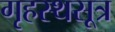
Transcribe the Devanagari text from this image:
गृहस्थसूत्र